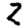
Digit: 2